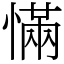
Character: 慲